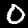
Digit: 0